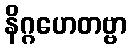
နိဂ္ဂဟေတဗ္ဗာ